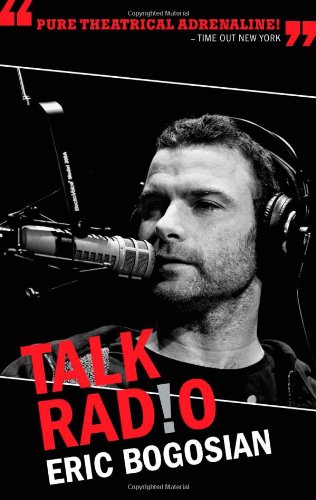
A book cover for Talk Radio (TCG Edition); Eric Bogosian; Literature & Fiction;